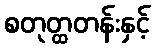
စတုတ္ထတန်းနှင့်